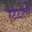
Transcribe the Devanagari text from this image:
रैटेटोली